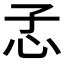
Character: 孞